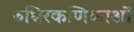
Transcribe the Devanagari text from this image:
रुधिरकणिकाओं